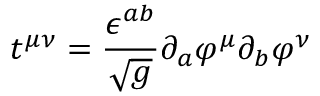
t ^ { \mu \nu } = \frac { \epsilon ^ { a b } } { \sqrt g } \partial _ { a } \varphi ^ { \mu } \partial _ { b } \varphi ^ { \nu }